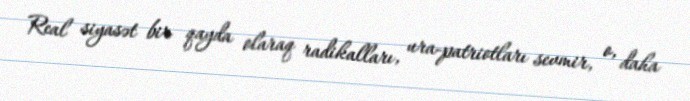
Real siyasət bir qayda olaraq radikalları, ura-patriotları sevmir, o, daha